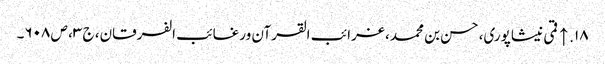
۱۸. ↑ قمی نیشاپوری، حسن بن محمد، غرائب القرآن ورغائب الفرقان، ج ۳، ص ۶۰۸۔